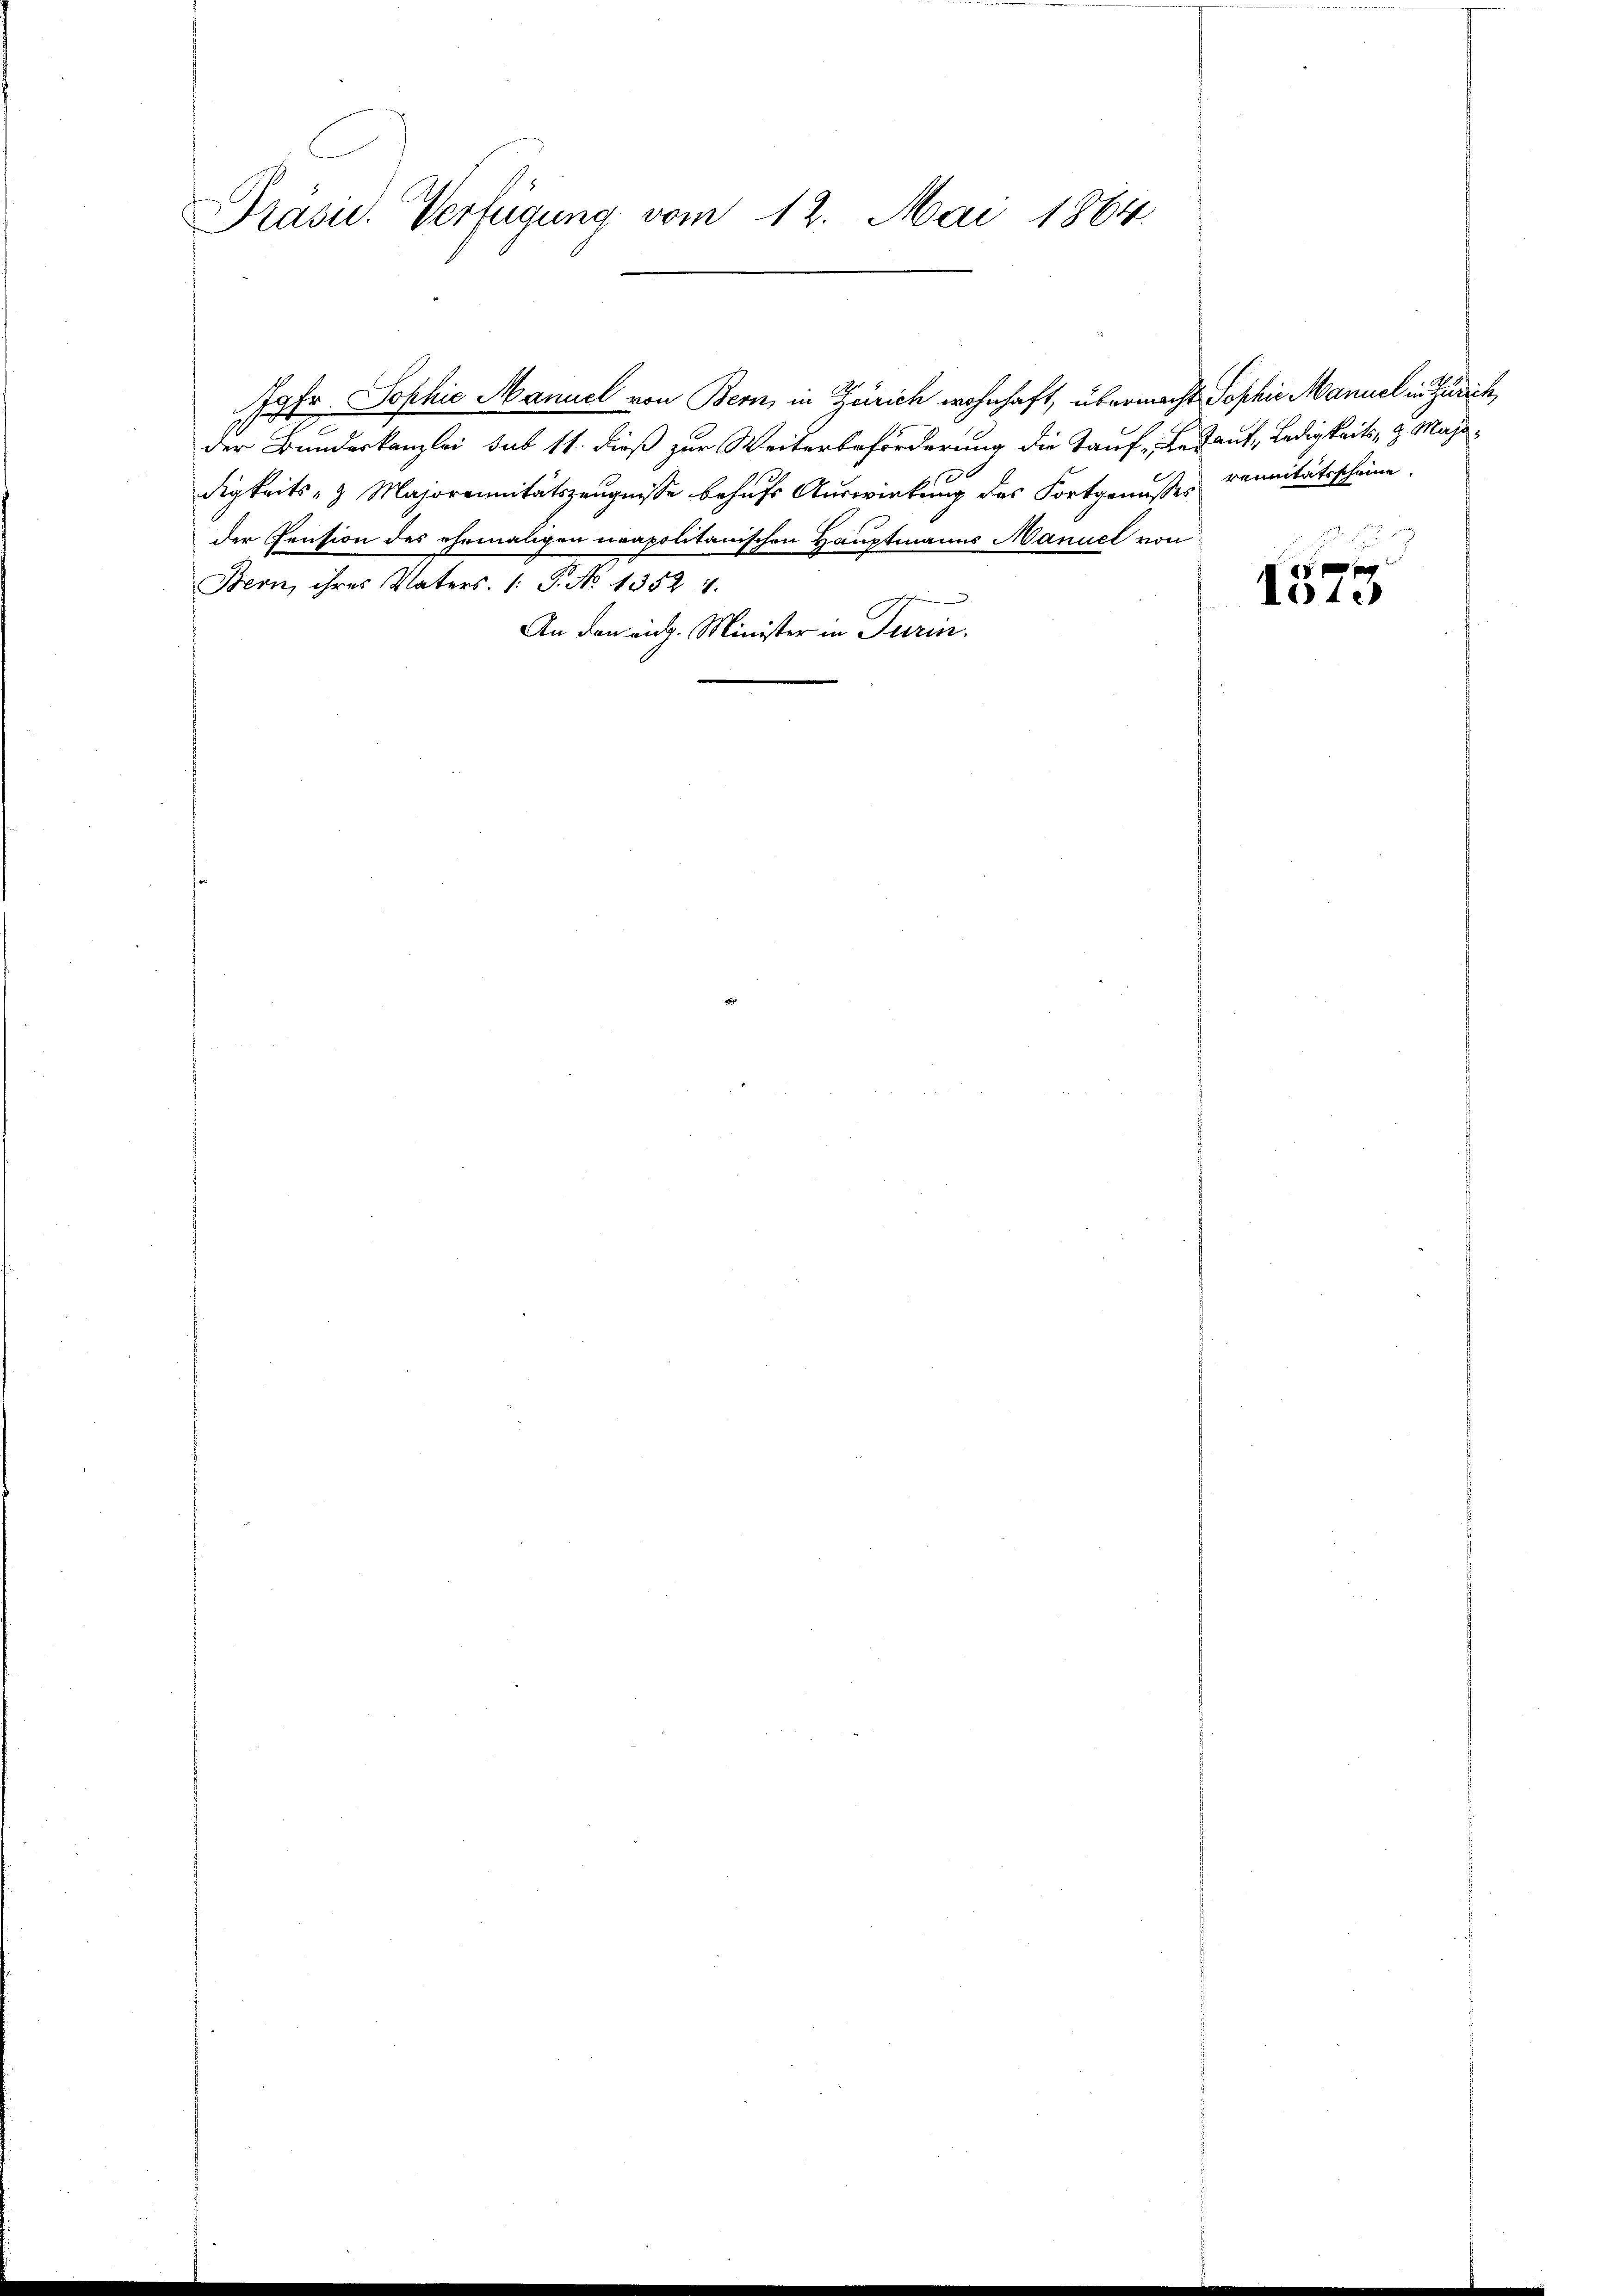
Präsid. Verfügung vom 12. Mai 1864.

Jgfr. Sophie Manuel von Bern, in Zürich wohnhaft, übermacht Sophie Manuel in Zürich,
2
der Bundeskanzlei sub 11. dieß zur Weiterbeförderung die Tauf- Bekant, ledigkeits- & Majedigkeits- & Majorennitätszeugnisse behufs Auswirkung des Fortgenußes vernitätsscheine.
der Pension des ehemaligen neapolitanischen Hauptmanns Manuel von
Bern, ihres Vaters. (: P. No 1352. 11.
An den eidg. Minister in Turin.

1010